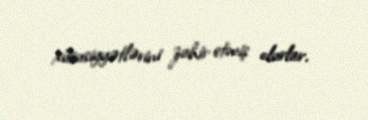
xüsusiyyətlərini zahir etmiş olurlar.